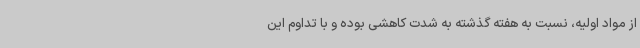
از مواد اولیه، نسبت به هفته گذشته به شدت کاهشی بوده و با تداوم این